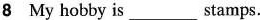
8 My hobby is ___ stamps.